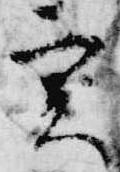
実